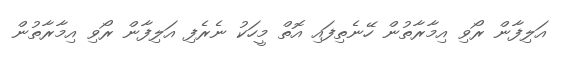
އަލިފާން ރޯވި އިމާރާތުން ހޭނެތިފައި އޮތް މީހަކު ނެރެފި އަލިފާން ރޯވި އިމާރާތުން